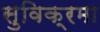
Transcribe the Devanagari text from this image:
सुविक्रमा